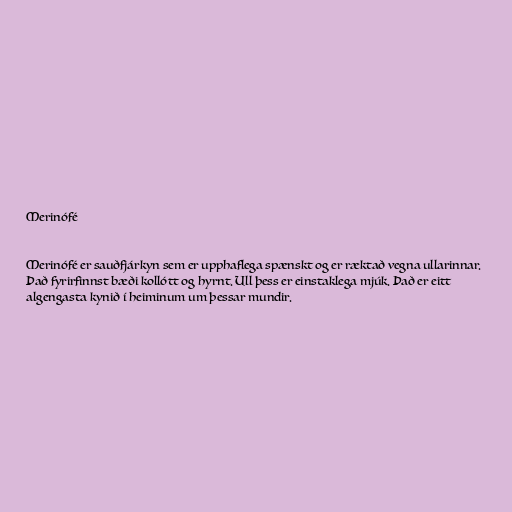
Merinófé

Merinófé er sauðfjárkyn sem er upphaflega spænskt og er ræktað vegna ullarinnar.
Það fyrirfinnst bæði kollótt og hyrnt. Ull þess er einstaklega mjúk. Það er eitt
algengasta kynið í heiminum um þessar mundir.